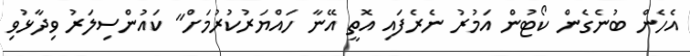
އެހެން ބުނެގެން ކޯޓުން އަމުރު ނެރެފައި އޮތީ އޭނާ ހައްޔަރުކުރުމަށް" ކައުންސިލަރު ވިދާޅުވި